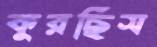
কুরছিস